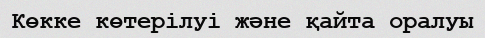
Көкке көтерілуі және қайта оралуы